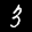
Label: 3